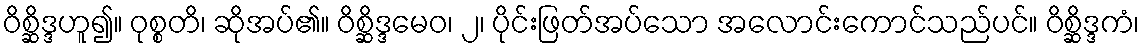
ဝိစ္ဆိဒ္ဒဟူ၍။ ဝုစ္စတိ၊ ဆိုအပ်၏။ ဝိစ္ဆိဒ္ဒမေဝ၊ ၂၊ ပိုင်းဖြတ်အပ်သော အလောင်းကောင်သည်ပင်။ ဝိစ္ဆိဒ္ဒကံ၊